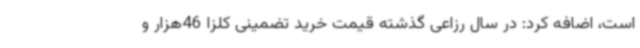
است، اضافه کرد: در سال رزاعی گذشته قیمت خرید تضمینی کلزا 46هزار و